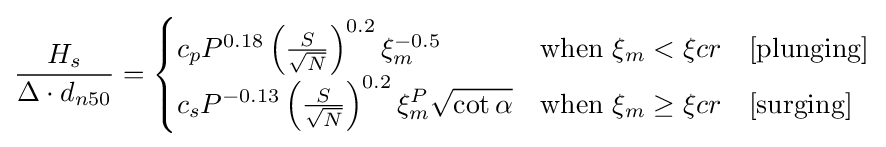
{\frac {H_{s}}{\Delta \cdot d_{n50}}}={\begin{cases}c_{p}P^{0.18}\left({\frac {S}{\sqrt {N}}}\right)^{0.2}\xi _{m}^{-0.5}&{\mbox{when }}\xi _{m}<\xi {cr}\quad [\mathrm {plunging} ]\\c_{s}P^{-0.13}\left({\frac {S}{\sqrt {N}}}\right)^{0.2}\xi _{m}^{P}{\sqrt {\cot \alpha }}&{\mbox{when }}\xi _{m}\geq \xi {cr}\quad [\mathrm {surging} ]\end{cases}}